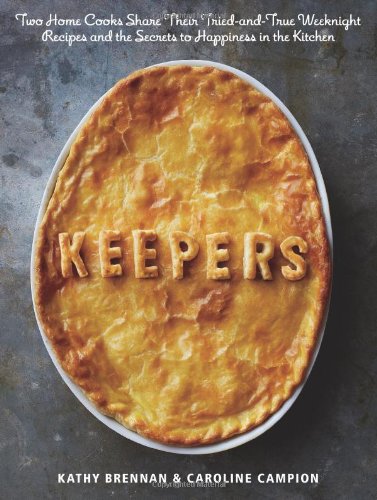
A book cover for Keepers: Two Home Cooks Share Their Tried-and-True Weeknight Recipes and the Secrets to Happiness in the Kitchen; Kathy Brennan; Cookbooks, Food & Wine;